Black-water fever - Number 35
Disease focus: Fever
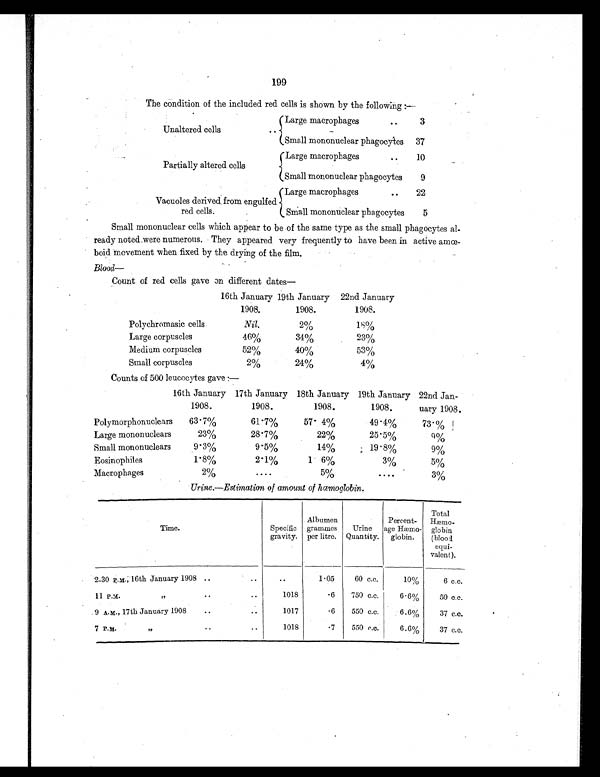
199
The condition of the included red cells is shown by the following
Unaltered cells
Large macrophages
..
3
Small mononuclear phagocytes 37
Partially altered cells
Large macrophages
.. 10
Small mononuclear phagocytes ..
9
Vacuoles derived from engulfed
red cells.
Large macrophages
.. 22
Small mononuclear phagocytes
5
Small mononuclear cells which appear to be of the same type as the small phagocytes al-
ready noted .were numerous. They appeared very frequently to have been in active amœ-
boid movement when fixed by the drying of the film.
Blood—
Count of red cells gave on different dates
—
16th January 19th January 22nd January
1908.
1908.
1908.
Polychromasic cells
Nil.
2 %
1 8 %
Large corpuscles
46%
34%
23%
Medium corpuscles
52%
40%
53%
Small corpuscles
2%
2 4 %
4 %
Counts of 500 leucocytes gave
16th January 17th January 18th January 19th January 22nd Jan
uary
1908.
1908.
1908.
1908.
1908
Polymorphonuclears 63.7%
61.7%
57.4%
49.4%
73. %
Large mononuclears
23%
28.7%
22%
25.5%
9%
Small mononuclears
9.3%
9.5%
14%
19. 8%
9%
Eosinophiles
1.8%
2.1%
1. 6%
3 %
5%
Macrophages
2%
. . . .
5%
. . . .
3%
Urine.—Estimation of amount of hœmoglobin.
Time.
Specific
gravity.
Albumen
grammes
per litre.
Urine
Quantity.
Percent-
age Hæmo-
globin.
Total
Hæmo-
globin
(bloo
d equi-
valent).
2-30 P.M., 16th January 1908 ..
..
..
1.05
60 c.c.
10%
6 c.c.
11 P.M
,,
..
..
1018
.6 750 c.c.
6.6%
50 c.c.
9 A.M., 17th January 1908
..
..
1017
.6 550 c.c.
6.6%
37 c.c.
7 P.m
,,
..
..
1018
.7 550 c.c.
6.6%
37 c.c.